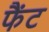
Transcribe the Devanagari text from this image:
फैंट